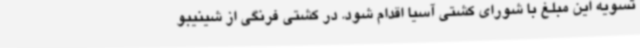
تسویه این مبلغ با شورای کشتی آسیا اقدام شود. در کشتی فرنگی از شینیبو